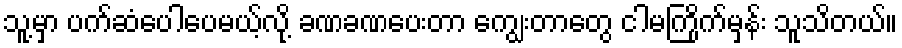
သူ့မှာ ပက်ဆံပေါပေမယ့်လို့ ခဏခဏပေးတာ ကျွေးတာတွေ ငါမကြိုက်မှန်း သူသိတယ်။